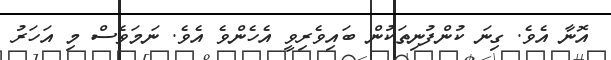
އޮނާ އެވެ. ގިނަ ކުންފުނިތަކުން ބައިވެރިވީ އެހެންވެ އެވެ. ނަމަވެސް މި އަހަރު